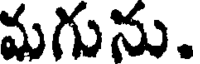
మగును.